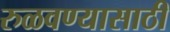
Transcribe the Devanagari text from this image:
रुळवण्यासाठी